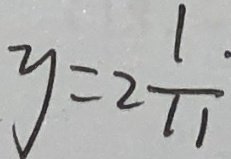
y = 2 \frac { 1 } { 1 1 }